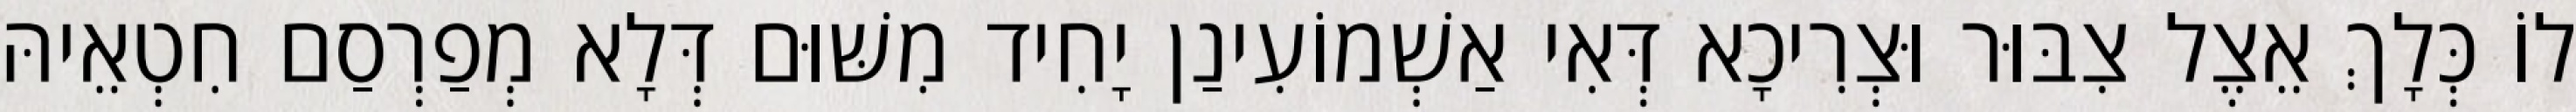
לוֹ כְּלָךְ אֵצֶל צִבּוּר וּצְרִיכָא דְּאִי אַשְׁמוֹעִינַן יָחִיד מִשּׁוּם דְּלָא מְפַרְסַם חִטְאֵיהּ